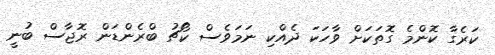
ކަރެގާ ކޮންމެ ގޮތަކަށް ވާހަކަ ދެއްކި ނަމަވެސް ކޯޗު ބްރެންޑަން ރޮޖާސް ބުނީ